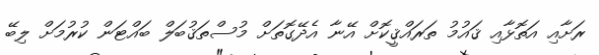
ރަށާއި އަތޮޅާއި ޤައުމު ތަރައްޤީކޮށް އޭނާ އެދޭގޮތަށް މުސްތަޤުބަލް ބައްޓަން ކުރުމަށް ލިބޭ